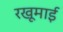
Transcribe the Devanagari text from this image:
रखूमाई